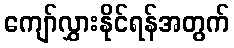
ကျော်လွှားနိုင်ရန်အတွက်